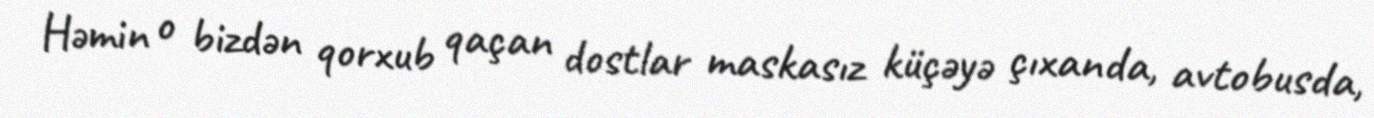
Həmin o bizdən qorxub qaçan dostlar maskasız küçəyə çıxanda, avtobusda,